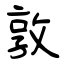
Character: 敦